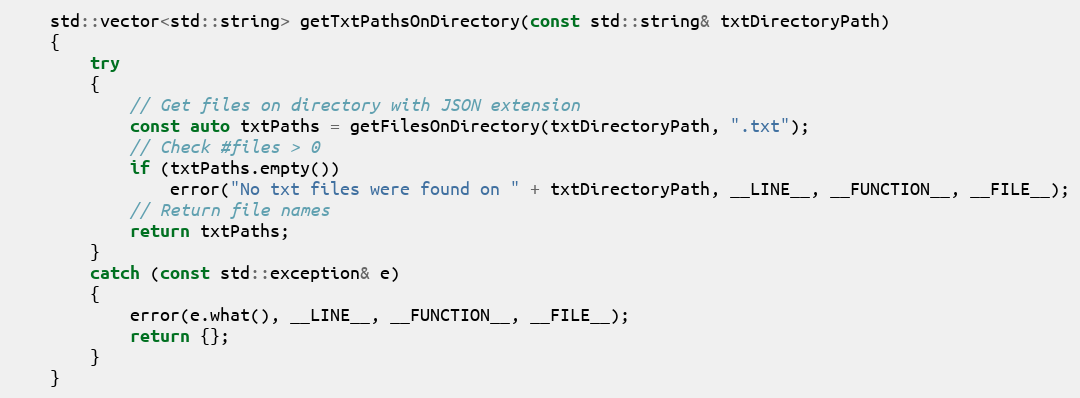
Language: C++
    std::vector<std::string> getTxtPathsOnDirectory(const std::string& txtDirectoryPath)
    {
        try
        {
            // Get files on directory with JSON extension
            const auto txtPaths = getFilesOnDirectory(txtDirectoryPath, ".txt");
            // Check #files > 0
            if (txtPaths.empty())
                error("No txt files were found on " + txtDirectoryPath, __LINE__, __FUNCTION__, __FILE__);
            // Return file names
            return txtPaths;
        }
        catch (const std::exception& e)
        {
            error(e.what(), __LINE__, __FUNCTION__, __FILE__);
            return {};
        }
    }